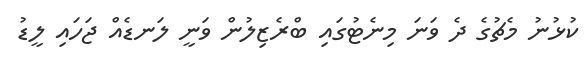
ކުޅުނު މެޗުގެ ދެ ވަނަ މިނެޓުގައި ބްރެޒިލުން ވަނީ ލަނޑެއް ޖަހައި ލީޑު